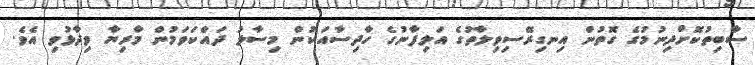
ސާބިތުކޮށްދިނުމުގެ ގޮތުން އިނގިރޭސިވިލާތުގެ އަލިފާނުގެ ހާދިސާއަކުން މިސާލު ދައްކަވަމުން މާރިޔާ ވިދާޅުވި އެވެ.